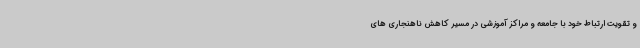
و تقویت ارتباط خود با جامعه و مراکز آموزشی در مسیر کاهش ناهنجاری های